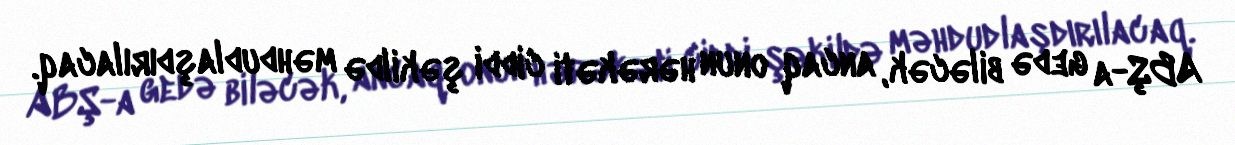
ABŞ-a gedə biləcək, ancaq onun hərəkəti ciddi şəkildə məhdudlaşdırılacaq.